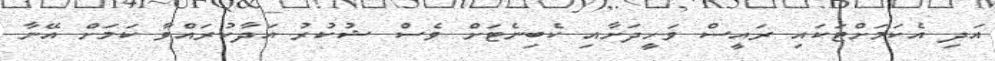
އަދި އެކަމަށްޓަކައި ރައީސް ވަހީދަށާއި ކެބިނެޓަށް ވެސް ޝުކުރު އަދާކުރައްވާ ކަމަށް އޭނާ